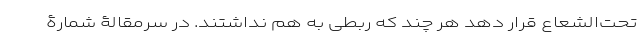
تحت‌الشعاع قرار دهد هر چند که ربطی به هم نداشتند. در سرمقالۀ شمارۀ